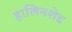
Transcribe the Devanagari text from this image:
हालिनशेड